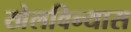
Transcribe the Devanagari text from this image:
खेलविन्यास